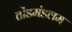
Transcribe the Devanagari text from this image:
तोंडमंडलम